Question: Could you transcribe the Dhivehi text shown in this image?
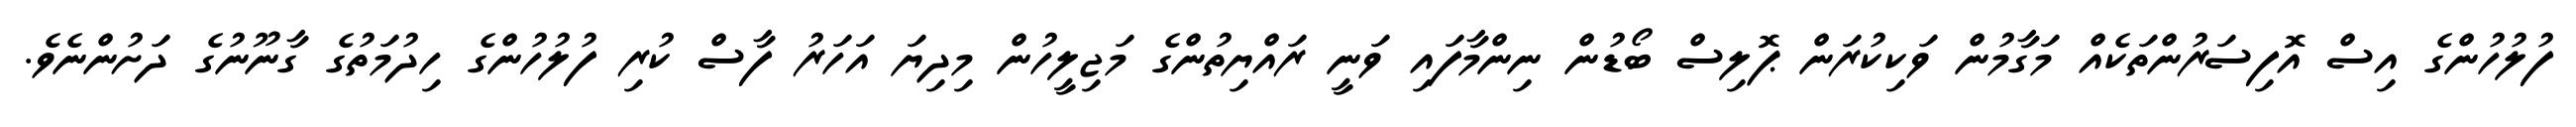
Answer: ފުލުހުންގެ އިސް އޮފިސަރުންތަކެއް މަގާމުން ވަކިކުރަން ޕޮލިސް ބޯޑުން ނިންމާފައި ވަނީ ރައްޔިތުންގެ މަޖިލީހުން މިދިޔަ އަހަރު ފާސް ކުރި ފުލުހުންގެ ހިދުމަތުގެ ގާނޫނުގެ ދަށުންނެވެ.